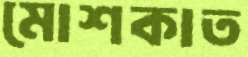
মোশকাত